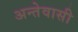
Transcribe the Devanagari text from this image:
अन्तेवासी